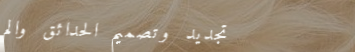
تجديد وتصميم الحدائق والم